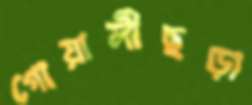
গোয়ালীছড়া